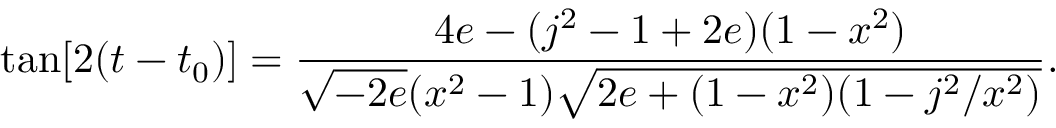
\tan [ 2 ( t - t _ { 0 } ) ] = \frac { 4 e - ( j ^ { 2 } - 1 + 2 e ) ( 1 - x ^ { 2 } ) } { \sqrt { - 2 e } ( x ^ { 2 } - 1 ) \sqrt { 2 e + ( 1 - x ^ { 2 } ) ( 1 - j ^ { 2 } / x ^ { 2 } ) } } .